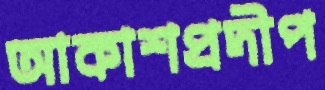
আকাশপ্রদীপ